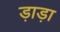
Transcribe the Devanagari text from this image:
ड़ाड़ा